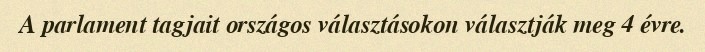
A parlament tagjait országos választásokon választják meg 4 évre.